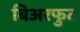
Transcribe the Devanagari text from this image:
बिअरफुट